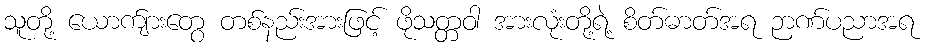
သူတို့ ယောက်ျားတွေ တစ်နည်းအားဖြင့် ဖိုသတ္တဝါ အားလုံးတို့ရဲ့ စိတ်ဓာတ်အရ ဉာဏ်ပညာအရ